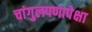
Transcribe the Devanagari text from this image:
चांगुलपणापेक्षा